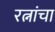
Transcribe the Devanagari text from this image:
रत्नांचा